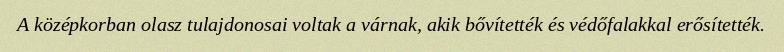
A középkorban olasz tulajdonosai voltak a várnak, akik bővítették és védőfalakkal erősítették.